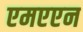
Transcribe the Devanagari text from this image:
एमएएन